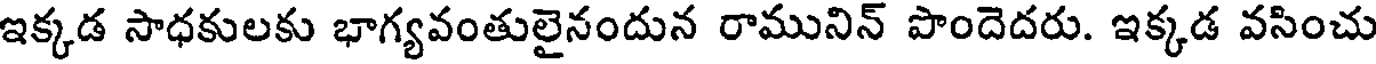
ఇక్కడ సాధకులకు భాగ్యవంతులైనందున రామునిన్ పొందెదరు. ఇక్కడ వసించు